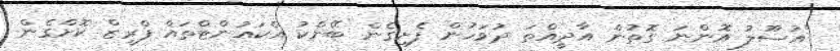
"އުސޫލު އޮންނަ ގޮތުން އާދީއްތަ ދުވަހުން ފެށިގެން ބޭންކު އެކައުންޓްތައް ފްރީޒް ކޮށްގެން